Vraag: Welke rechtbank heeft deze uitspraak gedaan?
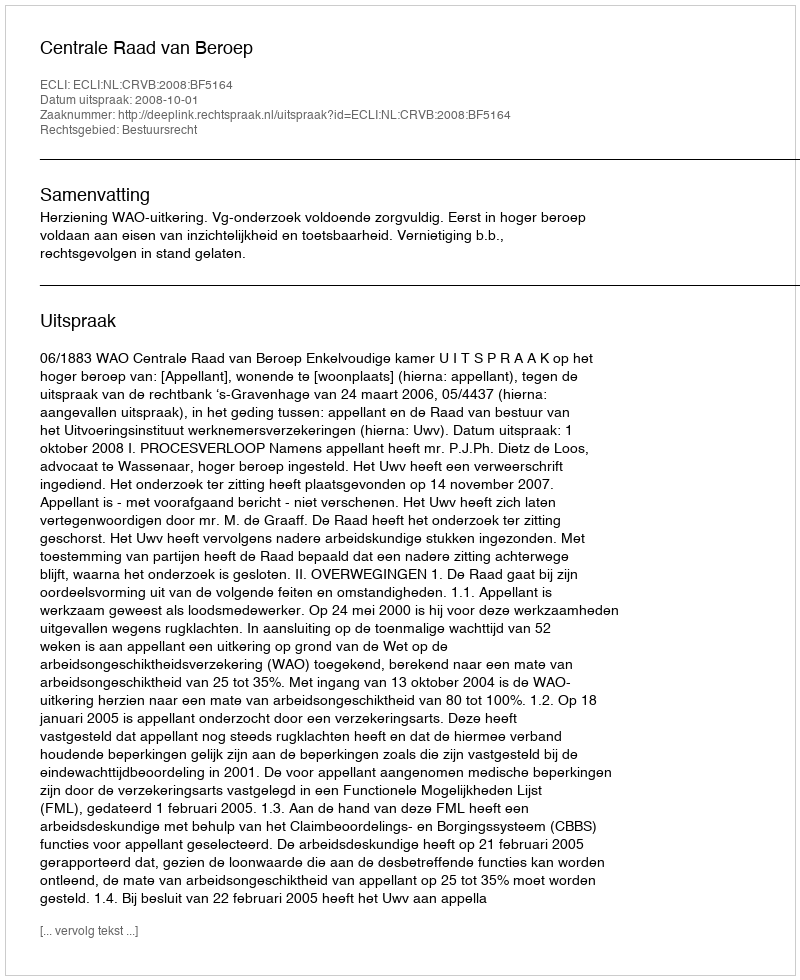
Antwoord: Centrale Raad van Beroep